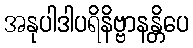
အနုပါဒါပရိနိဗ္ဗာနန္တိပေ